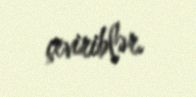
çeviriblər.